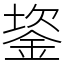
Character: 䤰